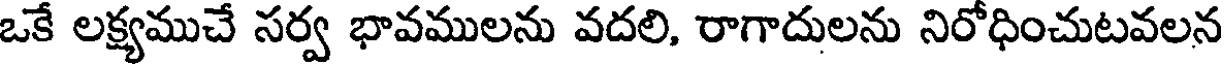
ఒకే లక్ష్యముచే సర్వ భావములను వదలి, రాగాదులను నిరోధించుటవలన